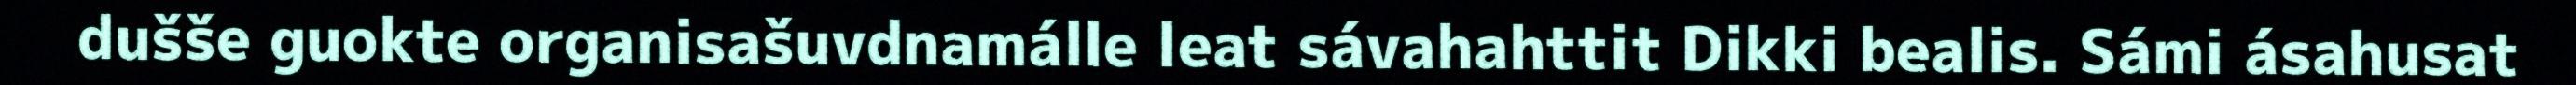
dušše guokte organisašuvdnamálle leat sávahahttit Dikki bealis. Sámi ásahusat